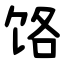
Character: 饹